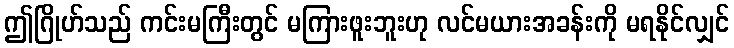
ဤဂြိုဟ်သည် ကင်းမကြီးတွင် မကြားဖူးဘူးဟု လင်မယားအခန်းကို မရနိုင်လျှင်